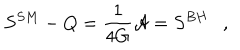
S ^ { S M } - Q = { \frac { 1 } { 4 G } } { \cal A } = S ^ { B H } ,